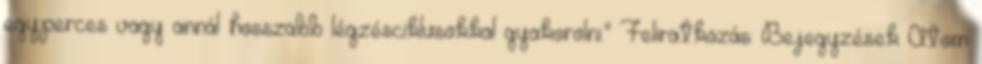
egyperces vagy annál hosszabb légzésciklusokkal gyakorolni." Feliratkozás: Bejegyzések Atom